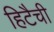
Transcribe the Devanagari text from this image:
हिटैची